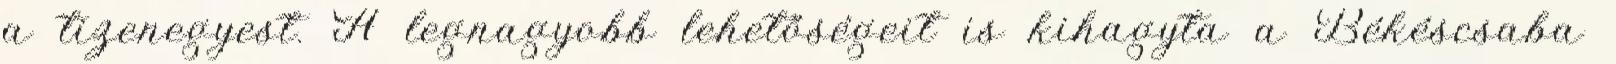
a tizenegyest. A legnagyobb lehetőségeit is kihagyta a Békéscsaba